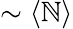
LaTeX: \sim\langle\mathbb{N}\rangle